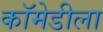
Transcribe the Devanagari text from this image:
कॉमेडीला